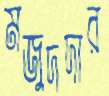
মজুদদার